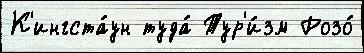
К'ингста́ун туда́ Тур'и́зм Розо́